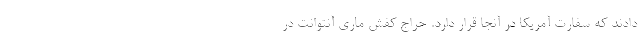
دادند که سفارت آمریکا در آنجا قرار دارد. حراج کفش ماری آنتوانت در